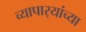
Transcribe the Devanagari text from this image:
व्यापार्‍यांच्या